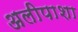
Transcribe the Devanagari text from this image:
अलीपाशा